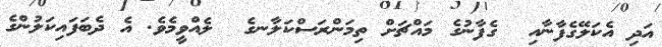
އަދި އެކަލޭގެފާނާއި  ގެފާނުގެ މައްޗަށް ތިމަންރަސްކަލާނގެ  ލެއްވީމެވެ. އެ ދެބަފައިކަލުންގެ